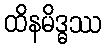
ထိနမိဒ္ဓဿ